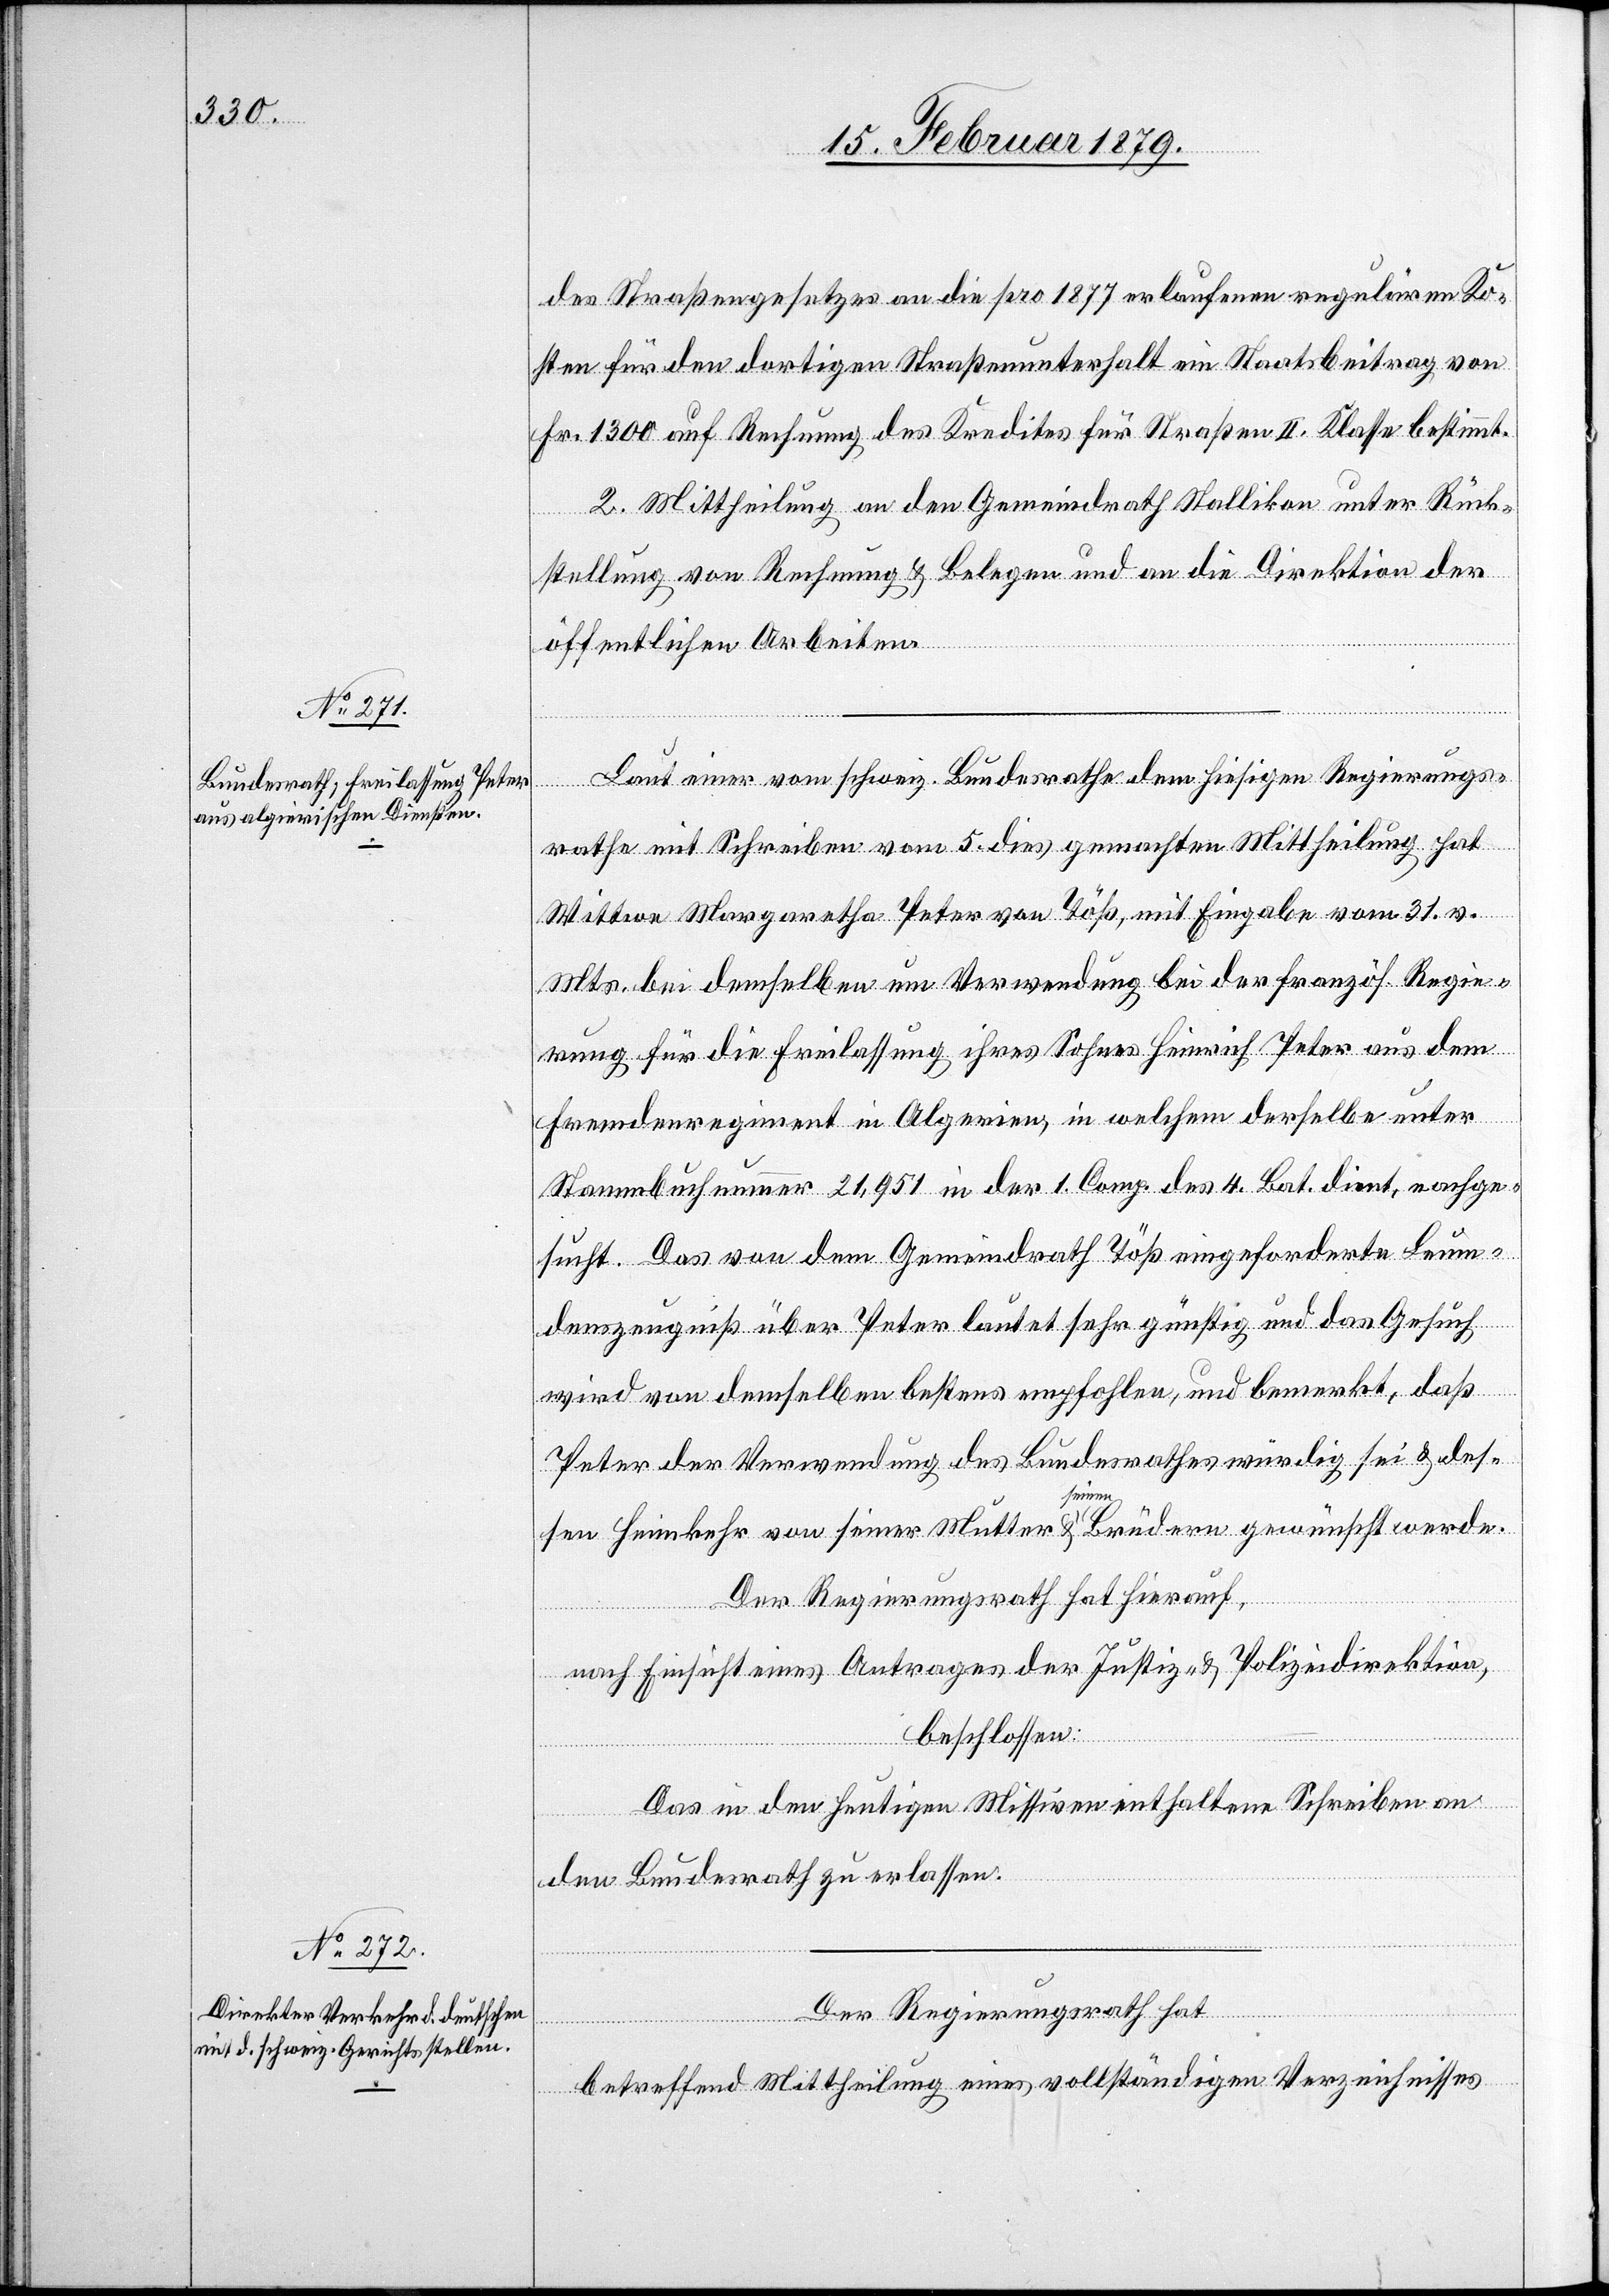
des Straßengesetzes an die pro 1877 erlaufenen regulären Ko¬
sten für den dortigen Straßenunterhalt ein Staatsbeitrag von
Fr. 1300 auf Rechnung des Kredites für Straßen II. Klasse bestimmt.
2. Mittheilung an den Gemeindrath Stallikon unter Rück¬
stellung von Rechnung & Belegen und an die Direktion der
öffentlichen Arbeiten.
Laut einer vom schweiz. Bundesrathe dem hiesigen Regierungs¬
rathe mit Schreiben vom 5. dies gemachten Mittheilung hat
Wittwe Margaretha Peter von Töß, mit Eingabe vom 31. v.
Mts. bei demselben um Verwendung bei der französ. Regie¬
rung für die Freilassung ihres Sohnes Heinrich Peter aus dem
Fremdenregiment in Algerien, in welchem derselbe unter
Stammbuchnummer 21,951 in der 1. Comp. des 4. Bat. dient, nachge¬
sucht. Das von dem Gemeindrath Töß eingeforderte Leum¬
denszeugniß über Peter lautet sehr günstig und das Gesuch
wird von demselben bestens empfohlen, und bemerkt, daß
Peter der Verwendung des Bundesrathes würdig sei & des¬
sen Heimkehr von seiner Mutter & seinen Brüdern gewünscht werde.
Der Regierungsrath hat hierauf,
nach Einsicht eines Antrages der Justiz- & Polizeidirektion,
beschlossen:
Das in den heutigen Missiven enthaltene Schreiben an
den Bundesrath zu erlassen.
Der Regierungsrath hat
betreffend Mittheilung eines vollständigen Verzeichnisses